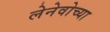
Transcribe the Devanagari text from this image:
लेनेवोच्या